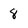
Character: 8